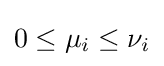
0\leq \mu _{i}\leq \nu _{i}